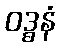
ဝဒ္ဓနံ